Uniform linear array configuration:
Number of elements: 12
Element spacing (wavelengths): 1
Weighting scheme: exponential
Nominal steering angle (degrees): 30
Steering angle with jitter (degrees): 29.077
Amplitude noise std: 0.05
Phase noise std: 0.05

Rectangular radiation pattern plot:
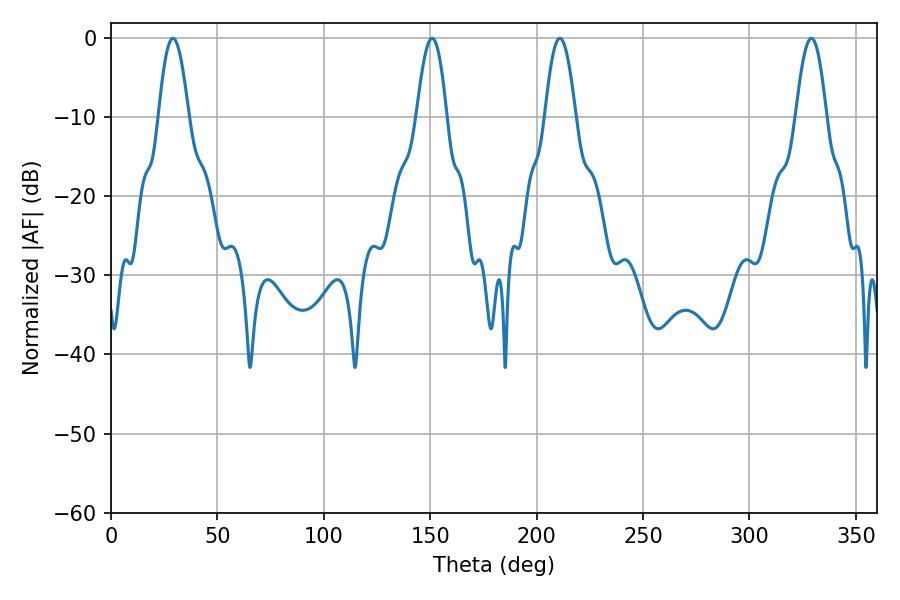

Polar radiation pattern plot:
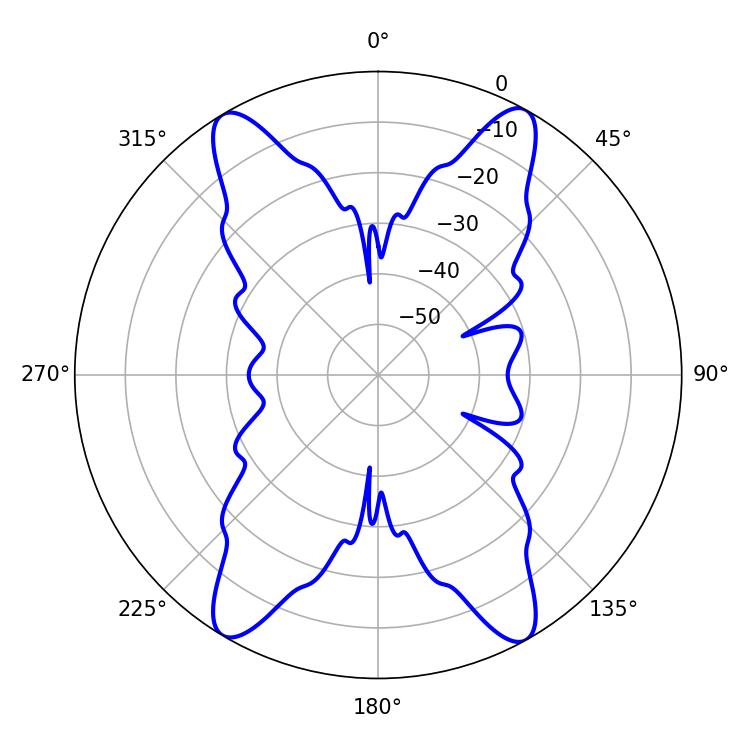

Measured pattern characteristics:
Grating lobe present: TRUE
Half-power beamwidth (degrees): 7.92
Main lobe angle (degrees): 210.96